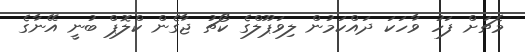
މެޗަށް ފަހު ވާހަކަ ދައްކަމުން ލިވަޕޫލްގެ ކޯޗު ޖާގެން ކްލޮޕް ބުނީ އޭނާގެ